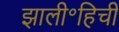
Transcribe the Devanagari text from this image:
झाली॰हिची